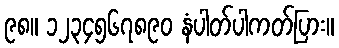
၉၈။ ၁၂၃၄၅၆၇၈၉၀ နံပါတ်ပါကတ်ပြား။